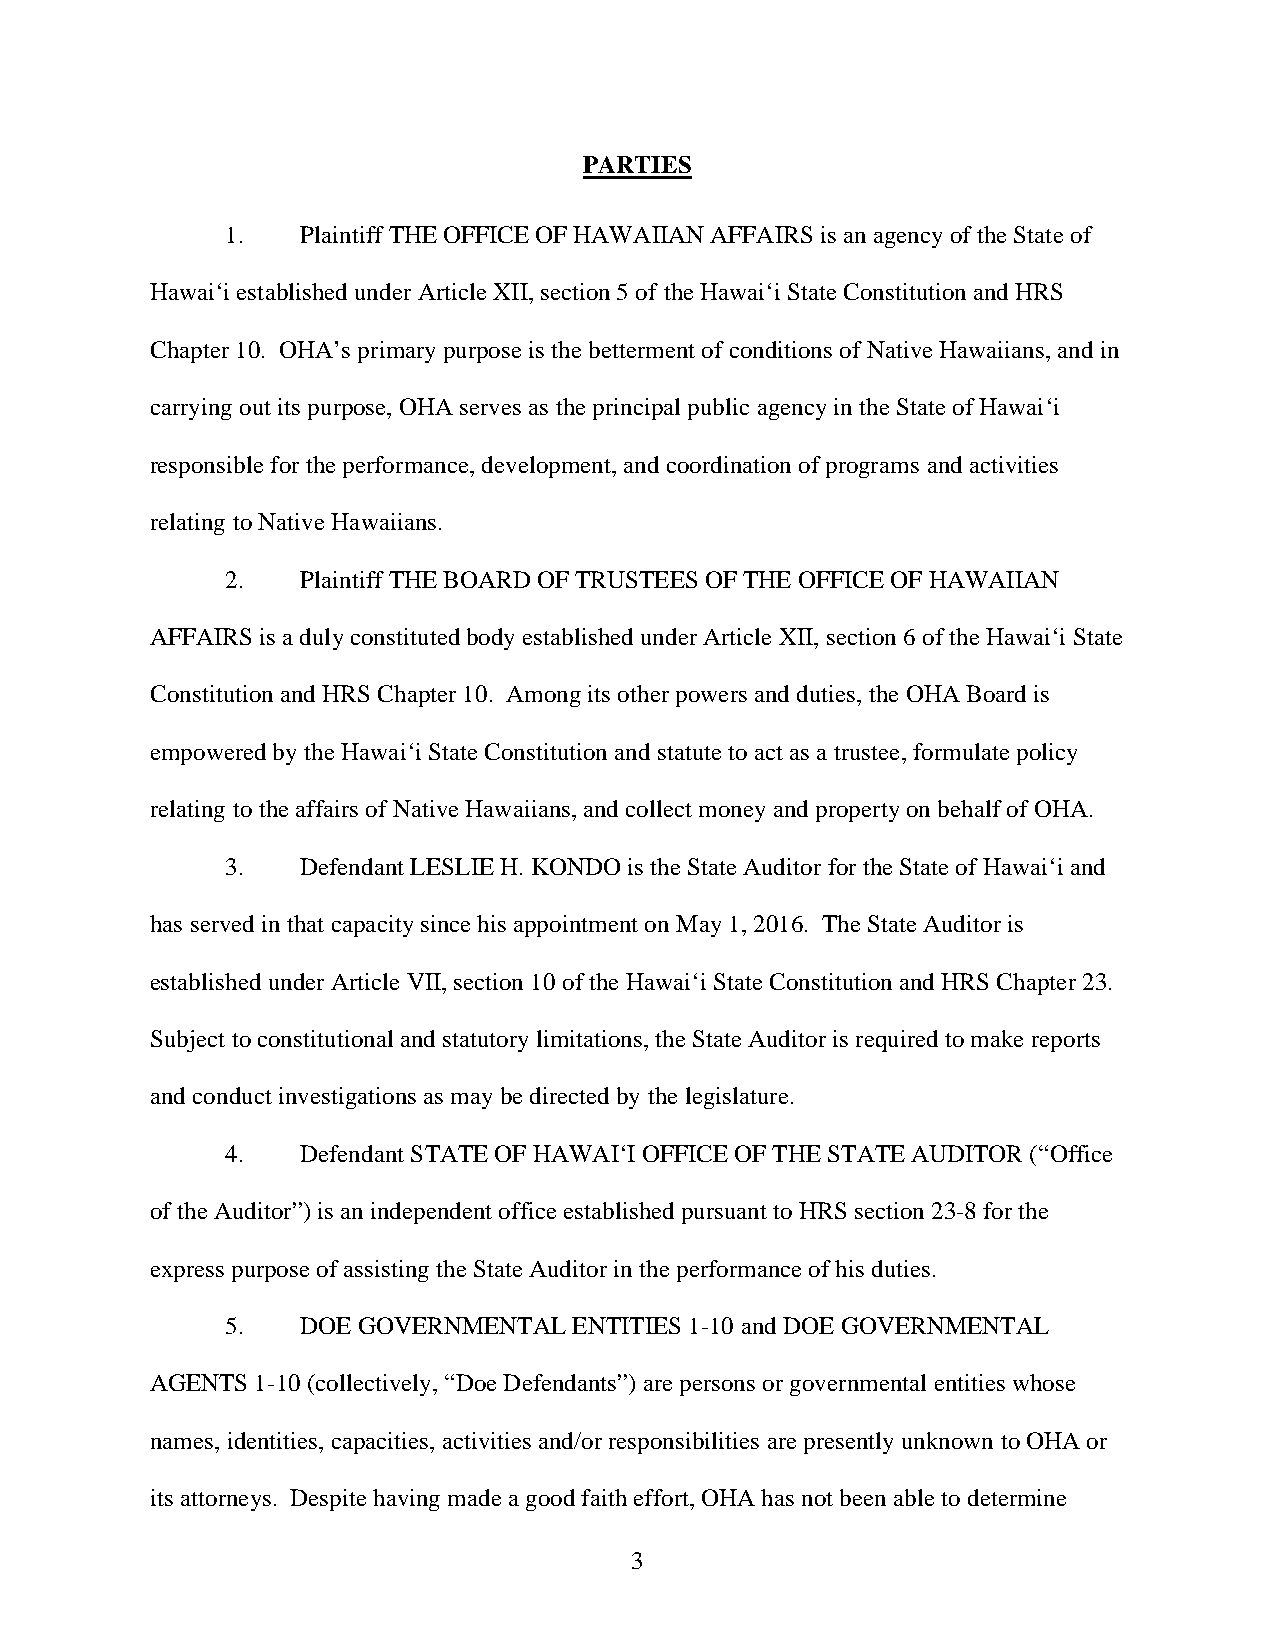
PARTIES
 1.   Plaintiff THE OFFICE OF HAWAIIAN AFFAIRS is an agency of the State of
 Hawai‘i established under Article XII, section 5 of the Hawai‘i State Constitution and HRS
 Chapter 10. OHA’s primary purpose is the betterment of conditions of Native Hawaiians, and in
 carrying out its purpose, OHA serves as the principal public agency in the State of Hawai‘i
 responsible for the performance, development, and coordination of programs and activities
 relating to Native Hawaiians.
 2.   Plaintiff THE BOARD OF TRUSTEES OF THE OFFICE OF HAWAIIAN
 AFFAIRS is a duly constituted body established under Article XII, section 6 of the Hawai‘i State
 Constitution and HRS Chapter 10. Among its other powers and duties, the OHA Board is
 empowered by the Hawai‘i State Constitution and statute to act as a trustee, formulate policy
 relating to the affairs of Native Hawaiians, and collect money and property on behalf of OHA.
 3.   Defendant LESLIE H. KONDO is the State Auditor for the State of Hawai‘i and
 has served in that capacity since his appointment on May 1, 2016. The State Auditor is
 established under Article VII, section 10 of the Hawai‘i State Constitution and HRS Chapter 23.
 Subject to constitutional and statutory limitations, the State Auditor is required to make reports
 and conduct investigations as may be directed by the legislature.
 4.   Defendant STATE OF HAWAI‘I OFFICE OF THE STATE AUDITOR (“Office
 of the Auditor”) is an independent office established pursuant to HRS section 23-8 for the
 express purpose of assisting the State Auditor in the performance of his duties.
 5.   DOE GOVERNMENTAL  ENTITIES 1-10 and DOE GOVERNMENTAL
 AGENTS 1-10 (collectively, “Doe Defendants”) are persons or governmental entities whose
 names, identities, capacities, activities and/or responsibilities are presently unknown to OHA or
 its attorneys. Despite having made a good faith effort, OHA has not been able to determine
 3